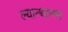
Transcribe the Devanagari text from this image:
ल्यान्थानम